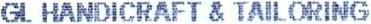
GL HANDICRAFT & TAIL ORING